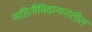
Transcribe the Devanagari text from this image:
माहितीविदागारातील